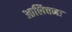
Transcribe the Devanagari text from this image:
आलिचना